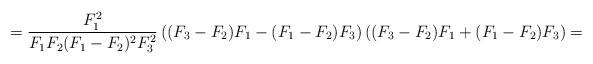
LaTeX: \begin{align*}=\frac{F_{1}^{2}}{F_{1}F_{2}(F_{1}-F_{2})^{2}F_{3}^{2}}\left((F_{3}-F_{2})F_{1}-(F_{1}-F_{2})F_{3}\right)\left((F_{3}-F_{2})F_{1}+(F_{1}-F_{2})F_{3}\right)=\end{align*}